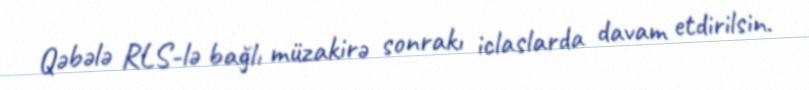
Qəbələ RLS-lə bağlı müzakirə sonrakı iclaslarda davam etdirilsin.